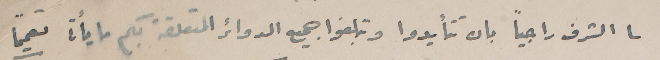
لى الشرف راجياً بان تتأيدوا وتبلغوا جميع الدوائر المتعلقة بكم ما يأتى تعميماً